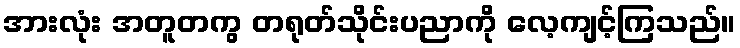
အားလုံး အတူတကွ တရုတ်သိုင်းပညာကို လေ့ကျင့်ကြသည်။